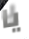
يا